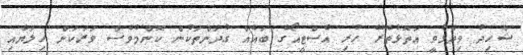
ޝާހިދު ވިދާޅުވީ އަތޮޅުތެރޭ ހުރި އެސްޓީއޯގެ ބައެއް ގުދަންތަކުން ކޮންމެވެސް ވަރަކަށް ހިލަޔާއި